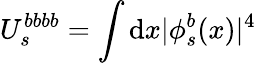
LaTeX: U_{s}^{bbbb}=\int\mathrm{d}x|\phi_{s}^{b}(x)|^{4}